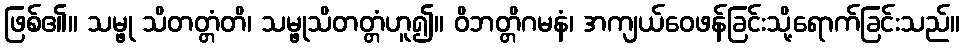
ဖြစ်၏။ သမ္ဖု သိတတ္တံတိ၊ သမ္ဖုသိတတ္တံဟူ၍။ ဝိဘတ္တိဂမနံ၊ အကျယ်ဝေဖန်ခြင်းသို့ရောက်ခြင်းသည်။